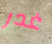
غدر